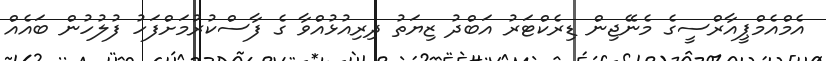
އެމްއެމްޕީއާރްސީގެ މެނޭޖިން ޑިރެކްޓަރު އަބްދު ޒިޔަތު ދިރިއުޅުއްވާ ގެ ފާސްކުރުމަށްފަހު ފުލުހުން ބައެއް